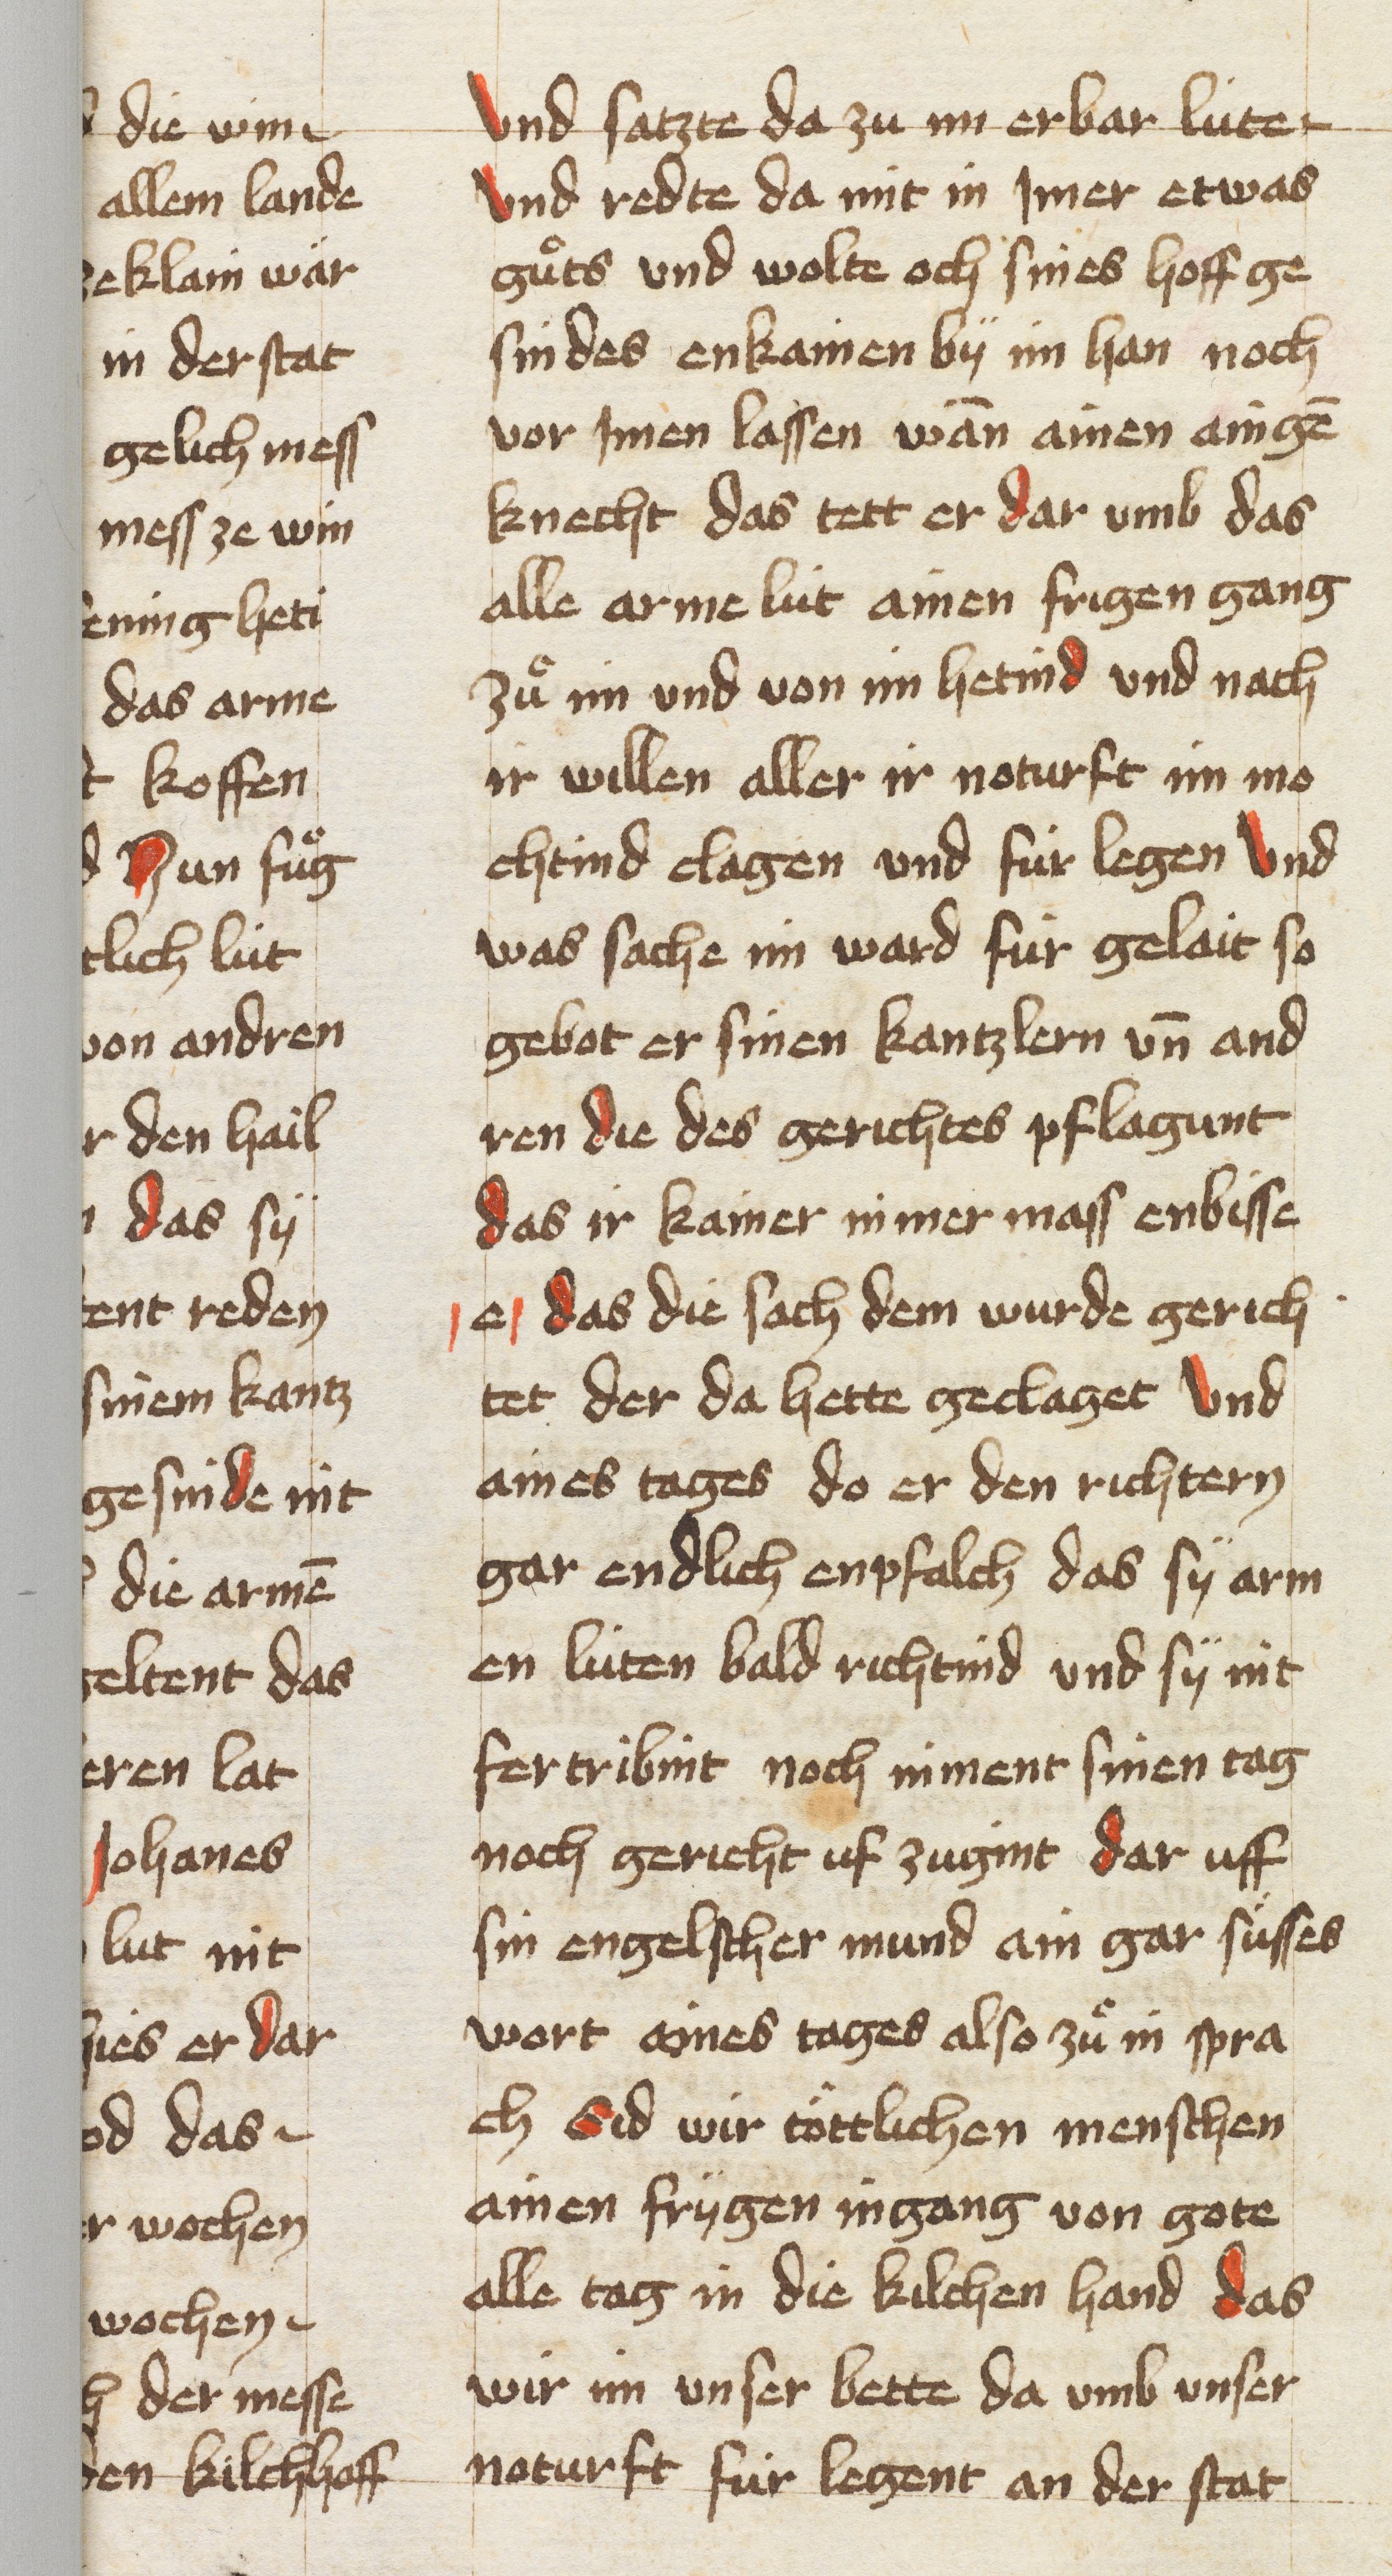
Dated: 1453–1454